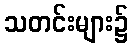
သတင်းများ၌